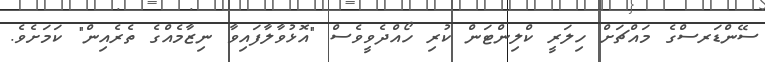
ސޭންޑަރސްގެ މައްޗަށް ހިލަރީ ކްލިންޓަން ކުރި ހޯއްދެވީވެސް "އޮޅުވާލާފައިވާ ނިޒާމެއްގެ ތެރެއިން" ކަމަށެވެ.